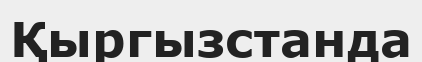
Қыргызстанда